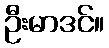
ဦးမာဒင်။